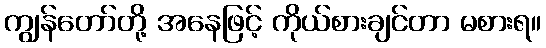
ကျွန်တော်တို့ အနေဖြင့် ကိုယ်စားချင်တာ မစားရ။